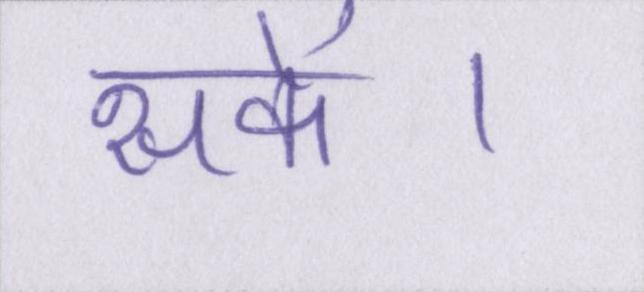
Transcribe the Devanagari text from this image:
सकें।